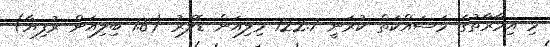
މި އިމާރާތުގެ މަސައްކަތް ކުރަނީ 122.7 މިލިއަން ޑޮލަރު (1.8 ބިލިއަން ރުފިޔާ)